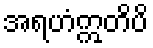
အရဟံဣတိပိ